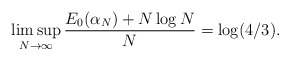
\begin{align*}\limsup_{N\rightarrow\infty}\frac{E_{0}(\alpha_{N})+N\log N}{N}=\log(4/3).\end{align*}